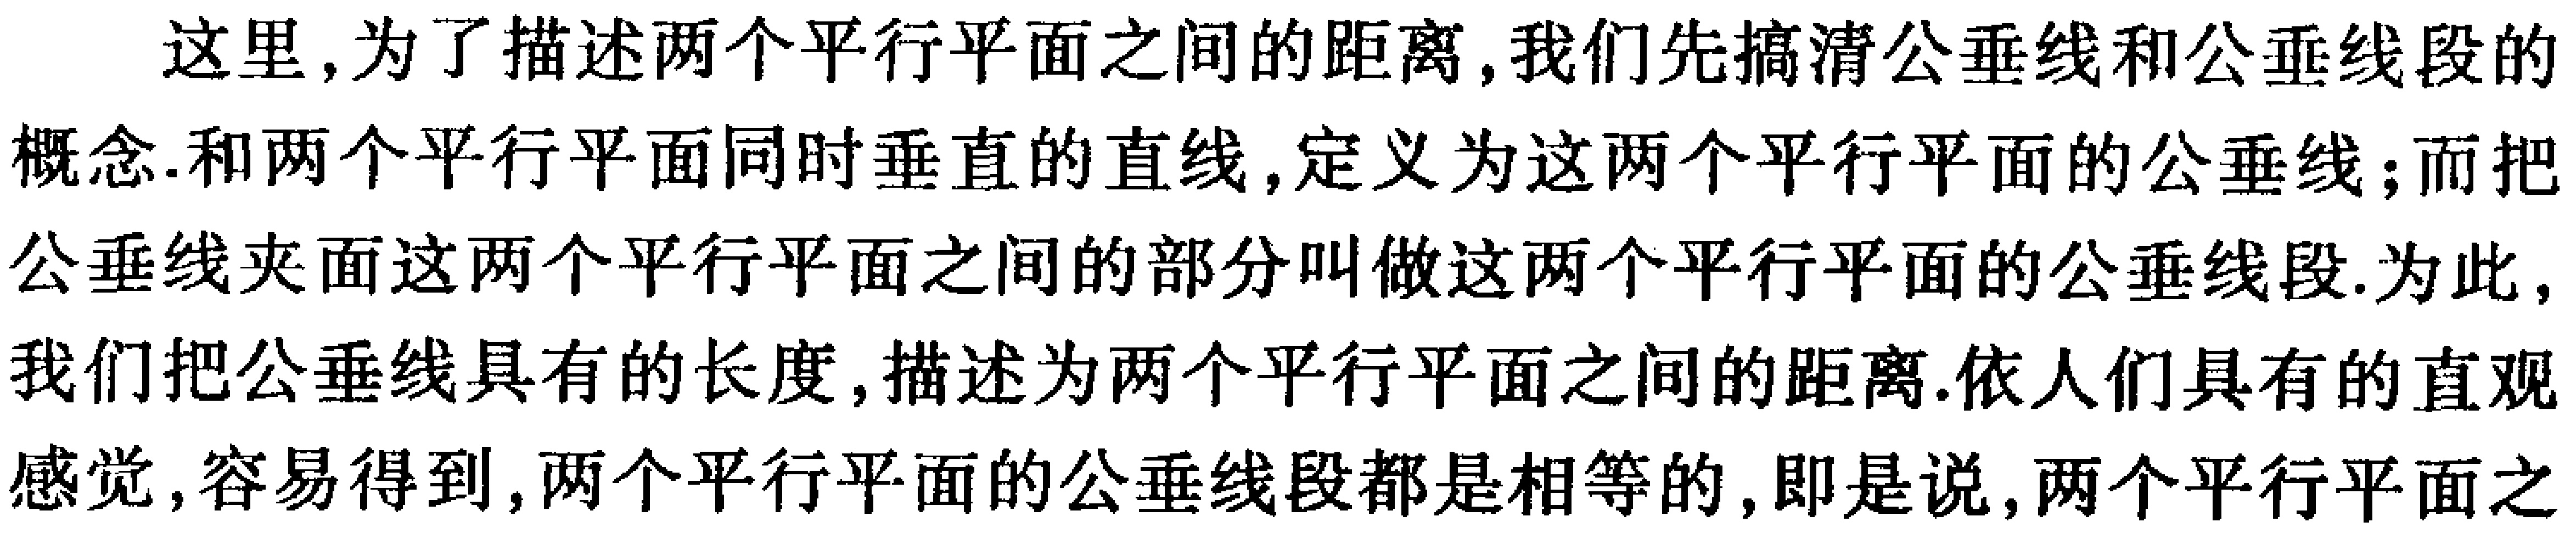
这里,为了描述两个平行平面之间的距离,我们先搞清公垂线和公垂线段的概念.和两个平行平面同时垂直的直线,定义为这两个平行平面的公垂线;而把公垂线夹面这两个平行平面之间的部分叫做这两个平行平面的公垂线段.为此,我们把公垂线具有的长度,描述为两个平行平面之间的距离.依人们具有的直观感觉,容易得到,两个平行平面的公垂线段都是相等的,即是说,两个平行平面之